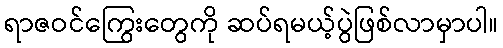
ရာဇဝင်ကြွေးတွေကို ဆပ်ရမယ့်ပွဲဖြစ်လာမှာပါ။